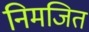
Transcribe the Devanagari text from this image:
निमजित